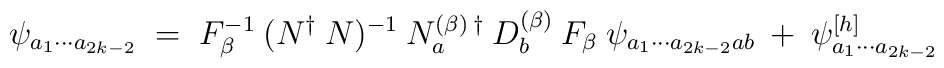
\psi_{a_1 \cdots a_{2k-2}} \;=\; F_\beta^{-1} \:(N^\dagger\:N)^{-1} 	\:N_a^{(\beta) \:\dagger} \:D_b^{(\beta)} \:F_\beta\:\psi_{a_1\cdots 	a_{2k-2}a b}\:+\: \psi^{[h]}_{a_1 \cdots a_{2k-2}}